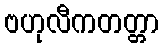
ဗဟုလီကတတ္တာ